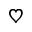
\heartsuit